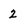
Character: 2